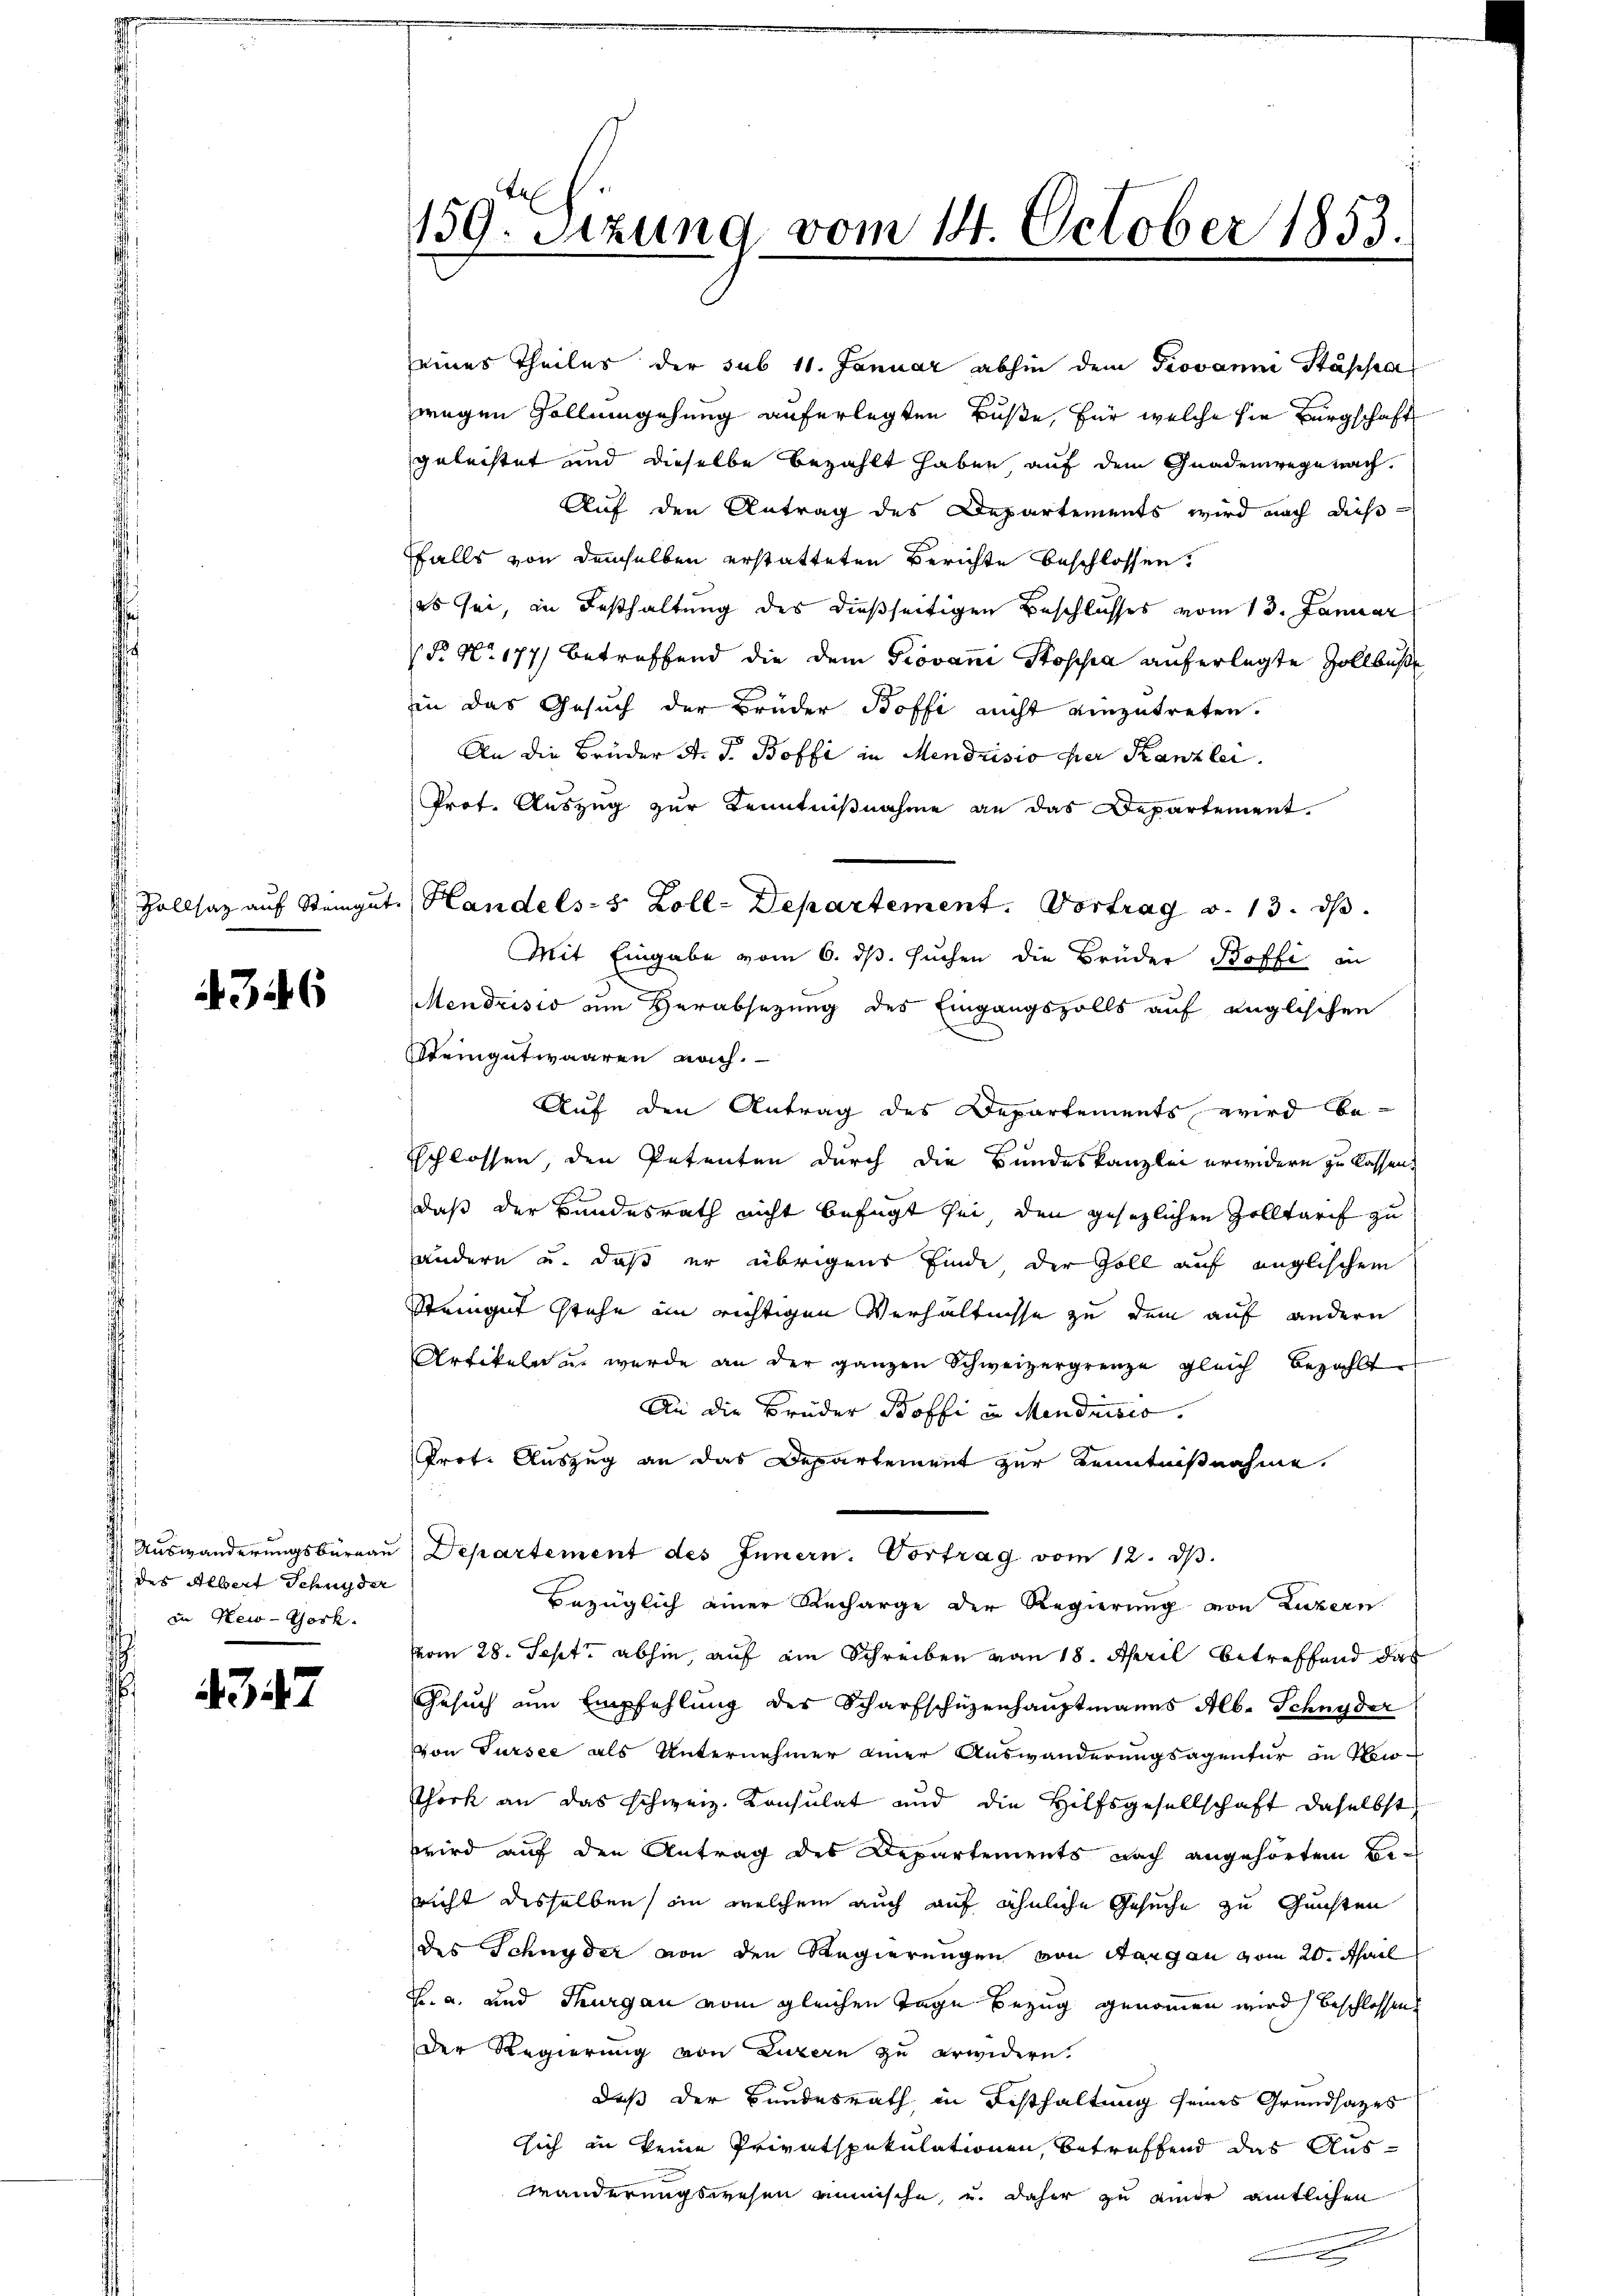
Zollsaz auf Steigut

346

des Albert Schnyder
in New-York.

4347

159. Sitzung vom 14. October 1853.

Handels- 5 Zoll-Departement. Vortrag v. 13. ds.

eines Theiles der sub 11. Januar abhin dem Piovanni Stappar
wegen Gollumgehung auferlegten Buße, für welche sie Bürgschaft
geleistet und dieselbe bezahlt haben auf dem Gnadenwege nach
Auf den Antrag des Departements wird nach dießffalls von demselben erstatteten Berichte beschlossen:
(es sei, in Festhaltung des dießseitigen Beschlusses vom 13. Januar
P. Nr. 177) betreffend die dem Giovani Stoppa auferlegte Zollbuße
zin das Gesuch der Brüder Boffi nicht einzutreten.
An die Brüder A. F. Boffe in Mendrisio der Kanzlei.
Prof. Auszug zur Kenntnißnahme an das Departement.
Mit Eingabe vom 6. ds. suchen die Brüder Boffi in
Mendrisis am Verabsezung des Eingangszolls auf englischen
Weingutwaaren nach.
Auf den Antrag des Departements, wird beschlossen, den Petenten durch die Bundeskanzlei erwidern zu lassen.
daß der Bundesrath nicht befugt sei, den gesezlichen Zolltarif zu
ändern u. daß er übrigens finde der Zoll auf englischem
Steingut stehe in richtigen Verhältnisse zu dem auf andern
Artikeln u. werde an der ganzen Schweizergrenze gleich bezahlt
An die Brüder Boffi in Mendrisis.
Prot. Auszug an das Departement zur Kenntnißnahme.
 Aŭswanderŭngsbüreaŭ Departement des Innern. Vortrag vom 12. dβ.
Bezüglich einer Recharge der Regierung von Luzern
vom 28. Sept. abhin, auf ein Schreiben von 18. April betreffend das
Gesuch um Empfehlung des Scharfschüzenhauptmanns Alb. Schnyder
von Sursee als Unternehmer einer Auswanderungsagentur in New-
Phork an das schweiz. Konsulat und die Hilfsgesellschaft daselbst
wird auf den Antrag des Departements nach angehörtem Bericht desselben, in welchem auch auf ähnliche Gesuche zu Gunsten
des Schnyder von den Regierungen von Aargau vom 20. April
Fr. a. und Thurgau vom gleichen Tage Bezug genommen wird beschlossen
Der Regierung von Luzern zu erwidern.
daß der Bundesrath in Festhaltung seines Grundsatzes
sich in keine Privatspekulationen, betreffend das Aus¬
Wänderungswesen minische, u. daher zu einer amtlichen
n